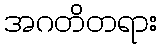
အဂတိတရား